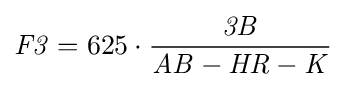
{\mathit {F3}}=625\cdot {{\mathit {3B}} \over {\mathit {AB}}-{\mathit {HR}}-{\mathit {K}}}